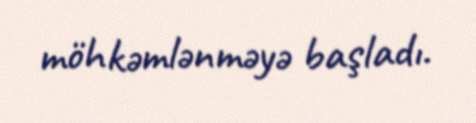
möhkəmlənməyə başladı.